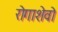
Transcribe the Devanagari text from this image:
रोगाशेवो